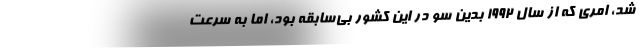
شد، امری که از سال ۱۹۹۲ بدین سو در این کشور بی‌سابقه بود، اما به سرعت